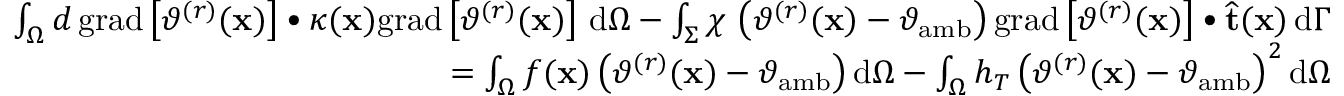
\begin{array} { r } { \int _ { \Omega } d \, \mathrm { g r a d } \left[ \vartheta ^ { ( r ) } ( \mathbf { x } ) \right] \bullet \kappa ( \mathbf { x } ) \mathrm { g r a d } \left[ \vartheta ^ { ( r ) } ( \mathbf { x } ) \right] \, \mathrm { d } \Omega - \int _ { \Sigma } \chi \, \left( \vartheta ^ { ( r ) } ( \mathbf { x } ) - \vartheta _ { \mathrm { a m b } } \right) \mathrm { g r a d } \left[ \vartheta ^ { ( r ) } ( \mathbf { x } ) \right] \bullet \widehat { \mathbf { t } } ( \mathbf { x } ) \, \mathrm { d } \Gamma } \\ { = \int _ { \Omega } f ( \mathbf { x } ) \left( \vartheta ^ { ( r ) } ( \mathbf { x } ) - \vartheta _ { \mathrm { a m b } } \right) \mathrm { d } \Omega - \int _ { \Omega } h _ { T } \left( \vartheta ^ { ( r ) } ( \mathbf { x } ) - \vartheta _ { \mathrm { a m b } } \right) ^ { 2 } \mathrm { d } \Omega } \end{array}